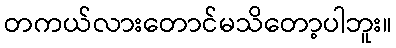
တကယ်လားတောင်မသိတော့ပါဘူး။